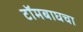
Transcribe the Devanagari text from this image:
टॉमबाघचा